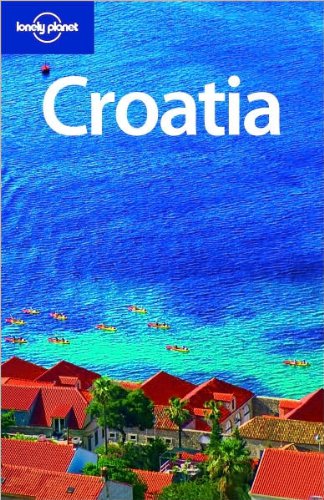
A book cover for Lonely Planet Croatia (Country Guide); Jeanne Oliver; Travel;